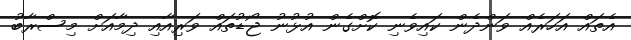
އެތައް އަހަރެއް ވަންދެން ކައިވެނި ކޮށްގެން އުޅުނު ޖޯޑުތައް ވަރިއާއި ދިމާއަށް މިސްރާބު